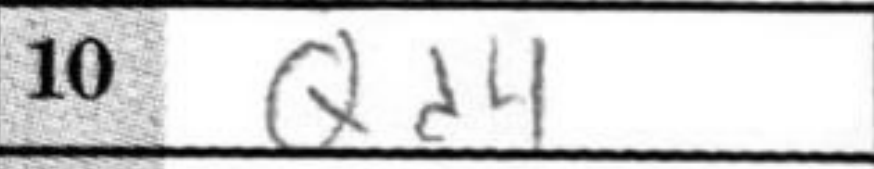
Transcription: Qd4